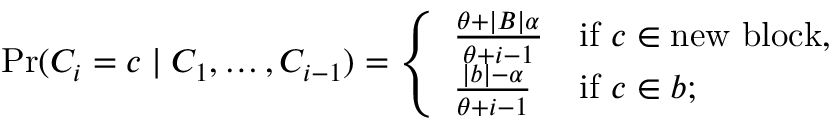
\operatorname* { P r } ( C _ { i } = c \mid C _ { 1 } , \ldots , C _ { i - 1 } ) = { \left\{ \begin{array} { l l } { { \frac { \theta + | B | \alpha } { \theta + i - 1 } } } & { { \mathrm { i f ~ } } c \in { \mathrm { n e w ~ b l o c k } } , } \\ { { \frac { | b | - \alpha } { \theta + i - 1 } } } & { { \mathrm { i f ~ } } c \in b ; } \end{array} \right. }